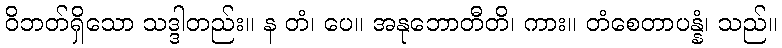
ဝိဘတ်ရှိသော သဒ္ဒါတည်း။ န တံ၊ ပေ။ အနုဘောတီတိ၊ ကား။ တံစေတာပန္နံ၊ သည်။